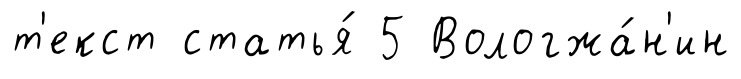
т'екст статья́ 5 Вологжа́н'ин